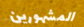
المشهورين